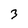
Character: 3